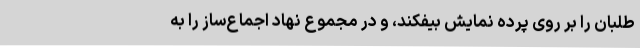
‌طلبان را بر روی پرده نمایش بیفکند، و در مجموع نهاد اجماع‌ساز را به